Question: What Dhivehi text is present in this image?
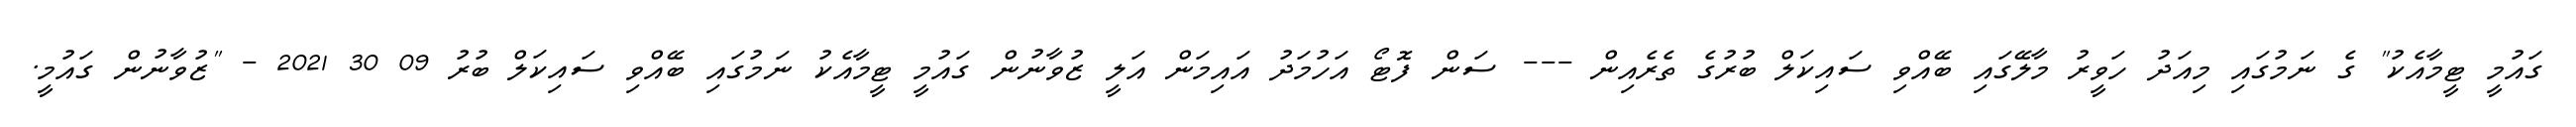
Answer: ގައުމީ ޓީމާއެކު" ގެ ނަމުގައި މިއަދު ހަވީރު މާލޭގައި ބޭއްވި ސައިކަލް ބުރުގެ ތެރެއިން --- ސަން ފޮޓޯ އަހުމަދު އައިމަން އަލީ ޒުވާނުން ގައުމީ ޓީމާއެކު ނަމުގައި ބޭއްވި ސައިކަލް ބުރު 09 30 2021 - "ޒުވާނުން ގައުމީ.